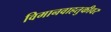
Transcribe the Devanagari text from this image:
विमानवाहतुकीवर